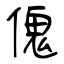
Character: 傀